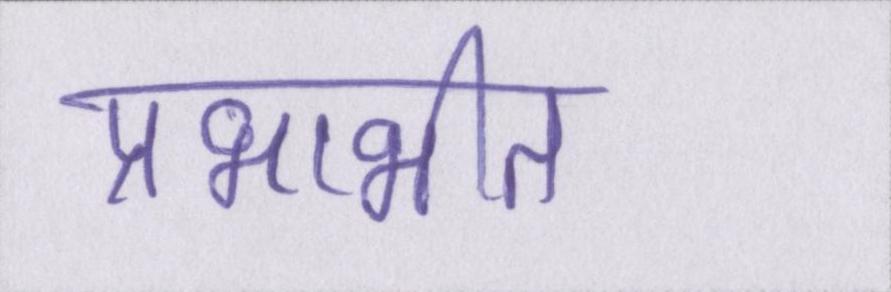
प्रभाभीत